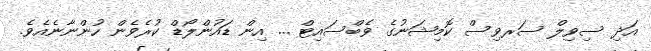
އަދި ސިވިލް ސަރވިސް ކޮމިޝަނުގެ ވެބްސައިޓް ... އިން ޑައުންލޯޑް ކުރެވެން ހުންނާނެއެވެ.